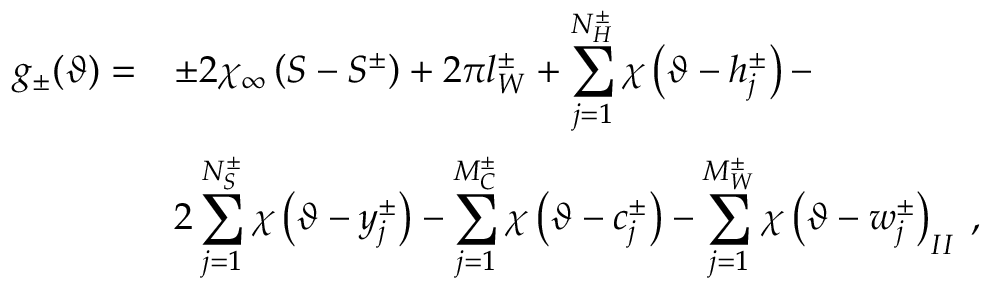
\begin{array} { r l } { { \displaystyle g _ { \pm } ( \vartheta ) = } } & { { \pm 2 \chi _ { \infty } \left( S - S ^ { \pm } \right) + 2 \pi l _ { W } ^ { \pm } + \displaystyle \sum _ { j = 1 } ^ { N _ { H } ^ { \pm } } \chi \left( \vartheta - h _ { j } ^ { \pm } \right) - } } \\ { { } } & { { 2 \displaystyle \sum _ { j = 1 } ^ { N _ { S } ^ { \pm } } \chi \left( \vartheta - y _ { j } ^ { \pm } \right) - \displaystyle \sum _ { j = 1 } ^ { M _ { C } ^ { \pm } } \chi \left( \vartheta - c _ { j } ^ { \pm } \right) - \displaystyle \sum _ { j = 1 } ^ { M _ { W } ^ { \pm } } \chi \left( \vartheta - w _ { j } ^ { \pm } \right) _ { I I } \: , } } \end{array}